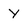
Character: Y